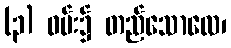
(၃) ဝမ်း၌ တည်သောလေ၊